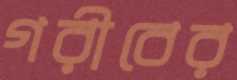
গরীবের